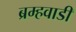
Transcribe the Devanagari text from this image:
ब्रम्हवाडी